Civil Veterinary Dept. Bombay admin report 1900-1906 - 1900-1906
Year: 1900
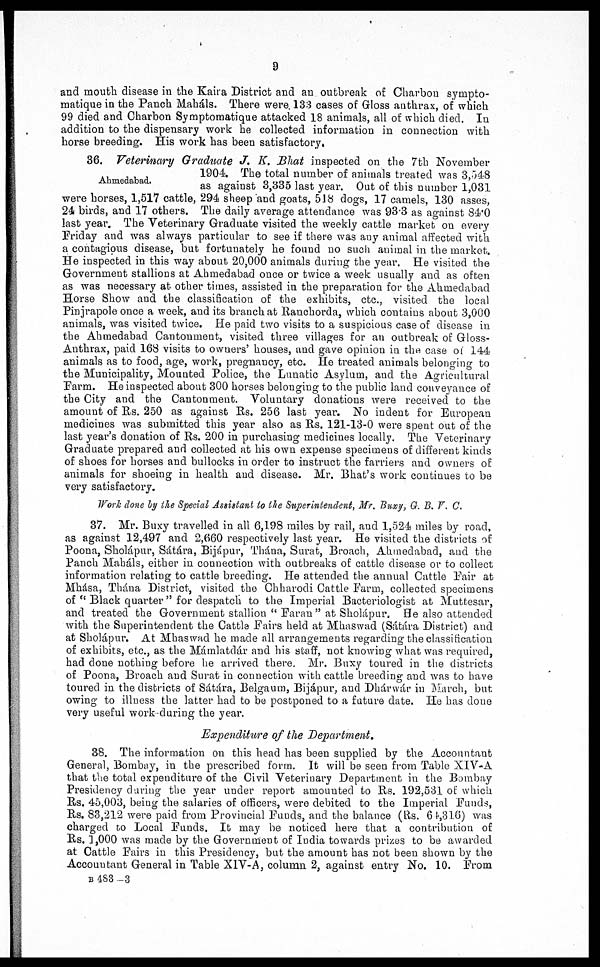
9
and mouth disease in the Kaira District and an outbreak of Charbon sympto-
matique in the Panch Maháls. There were. 133 cases of Gloss anthrax, of which
99 died and Charbon Symptomatique attacked 18 animals, all of which died. In
addition to the dispensary work he collected information in connection with
horse breeding. His work has been satisfactory.
Ahmedabad.
86. Veterinary Graduate J. K. Bhat inspected on the 7th November
1904. The total number of animals treated was 3,548
as against 3,335 last year. Out of this number 1,031
were horses, 1,517 cattle, 294 sheep and goats, 518 dogs, 17 camels, 130 asses,
24 birds, and 17 others. The daily average attendance was 93.3 as against 84.0
last year. The Veterinary Graduate visited the weekly cattle market on every
Friday and was always particular to see if there was any animal affected with
a contagious disease, but fortunately he found no such animal in the market.
He inspected in this way about 20,000 animals during the year. He visited the
Government stallions at Ahmedabad once or twice a week usually and as often
as was necessary at other times, assisted in the preparation for the Ahmedabad
Horse Show and the classification of the exhibits, etc., visited the local
Pinjrapole once a week, and its branch at Ranchorda, which contains about 3,000
animals, was visited twice. He paid two visits to a suspicious case of disease in
the Ahmedabad Cantonment, visited three villages for an outbreak of Gloss-
Anthrax, paid 168 visits to owners' houses, and gave opinion in the case of 144
animals as to food, age, work, pregnancy, etc. He treated animals belonging to
the Municipality, Mounted Police, the Lunatic Asylum, and the Agricultural
Farm. He inspected about 300 horses belonging to the public land conveyance of
the City and the Cantonment. Voluntary donations were received to the
amount of Rs. 250 as against Rs. 256 last year. No indent for European
medicines was submitted this year also as Rs. 121-13-0 were spent out of the
last year's donation of Rs. 200 in purchasing medicines locally. The Veterinary
Graduate prepared and collected at his own expense specimens of different kinds
of shoes for horses and bullocks in order to instruct the farriers and owners of
animals for shoeing in health and disease. Mr. Bhat's work continues to be
very satisfactory.
Work done by the Special Assistant to the Superintendent, Mr, Buxy, G. B. V. C.
37. Mr. Buxy travelled in all 6,198 miles by rail, and 1,524 miles by road,
as against 12,497 and 2,660 respectively last year. He visited the districts of
Poona, Sholápur, Sátára, Bijápur, Thána, Surat, Broach, Ahmedabad, and the
Panch Maháls, either in connection with outbreaks of cattle disease or to collect
information relating to cattle breeding. He attended the annual Cattle Pair at
Mhasa, Thána District, visited the Chharodi Cattle Farm, collected specimens
of "Black quarter" for despatch to the Imperial Bacteriologist at Muttesar,
and treated the Government stallion "Faran" at Sholápur. He also attended
with the Superintendent the Cattle Fairs held at Mhaswad (Sátára District) and
at Sholápur. At Mhaswad he made all arrangements regarding the classification
of exhibits, etc., as the Mámlatdár and his staff, not knowing what was required,
had done nothing before he arrived there. Mr. Buxy toured in the districts
of Poona, Broach and Surat in connection with cattle breeding and was to have
toured in the districts of Sátára, Belgaum, Bijápur, and Dhárwár in March, but
owing to illness the latter had to be postponed to a future date. He has done
very useful work-during the year.
Expenditure of the Department.
38. The information on this head has been supplied by the Accountant
General, Bombay, in the prescribed form. It will be seen from Table XIV-A
that the total expenditure of the Civil Veterinary Department in the Bombay
Presidency during the year under report amounted to Rs. 192,531 of which
Rs. 45,003, being the salaries of officers, were debited to the Imperial Funds,
Rs. 83,212 were paid from Provincial Funds, and the balance (Rs. 64,316) was
charged to Local Funds. It may be noticed here that a contribution of
Rs. 1,000 was made by the Government of India towards prizes to be awarded
at Cattle Fairs in this Presidency, but the amount has not been shown by the
Accountant General in Table XIV-A, column 2, against entry No. 10. From
B 483 -3